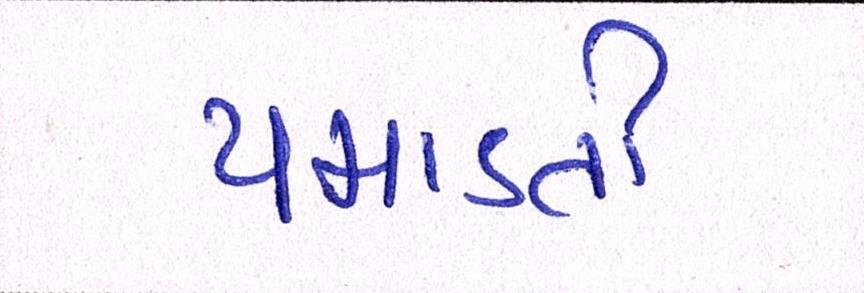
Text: પમાડતી